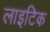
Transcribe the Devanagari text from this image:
लाइटिक